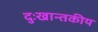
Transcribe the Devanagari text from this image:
दुःखान्तकीय